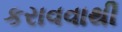
કરાવવાથી